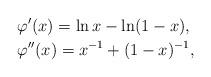
LaTeX: \begin{align*} & \varphi'(x) = \ln x - \ln (1 - x), \\ & \varphi''(x) = x^{-1} + (1 - x)^{-1}, \end{align*}